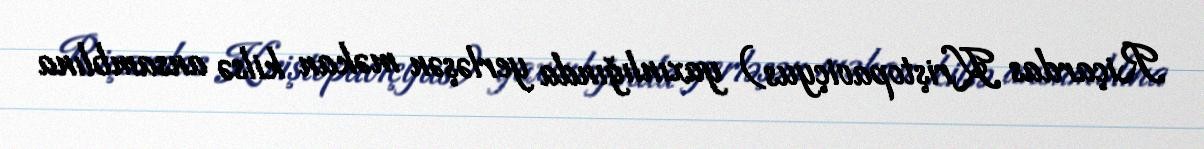
Riçardas Kriştopaviçyus) yaxınlığında yerləşən məkan kilsə ansamblına